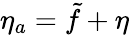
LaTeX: \eta_{a}=\tilde{f}+\eta